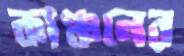
কাঞ্চনের